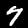
Digit: 7